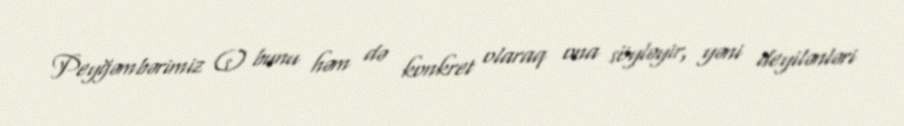
Peyğəmbərimiz (s) bunu həm də konkret olaraq ona söyləyir, yəni deyilənləri